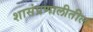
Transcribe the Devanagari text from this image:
शासंप्रणालीतील